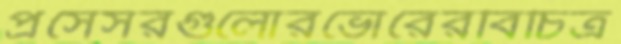
প্রসেসরগুলোরভোরেরবিচিত্র